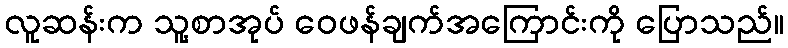
လူဆန်းက သူ့စာအုပ် ဝေဖန်ချက်အကြောင်းကို ပြောသည်။